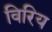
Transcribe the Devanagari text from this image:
विरिय